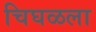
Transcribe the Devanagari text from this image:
चिघळला